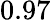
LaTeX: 0.97